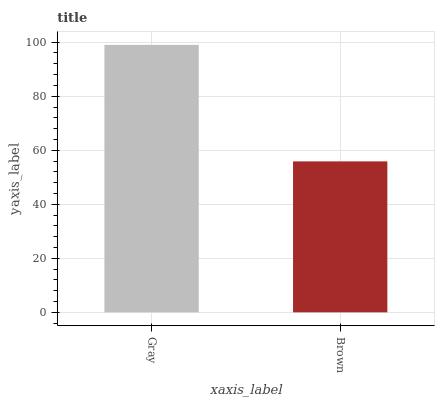
| xaxis_label | bars |
 | --- | --- |
 | Gray | 99 |
 | Brown | 55.9 |